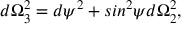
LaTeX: d \Omega _ { 3 } ^ { 2 } = d \psi ^ { 2 } + s i n ^ { 2 } \psi d \Omega _ { 2 } ^ { 2 } ,